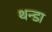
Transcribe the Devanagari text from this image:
थन्डा